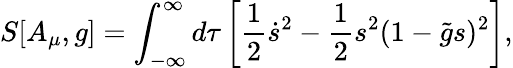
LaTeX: S[A_{\mu},g]=\int_{-\infty}^{\infty}d\tau\left[{\frac{1}{2}}\dot{s}^{2}-{\frac{1}{2}}s^{2}(1-\tilde{g}s)^{2}\right],